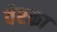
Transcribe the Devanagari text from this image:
वेरका